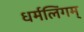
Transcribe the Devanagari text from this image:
धर्मलिंगम्